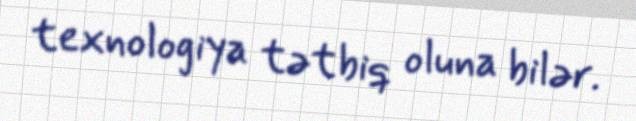
texnologiya tətbiq oluna bilər.